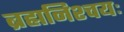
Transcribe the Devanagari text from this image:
ब्रह्मनिश्चयः